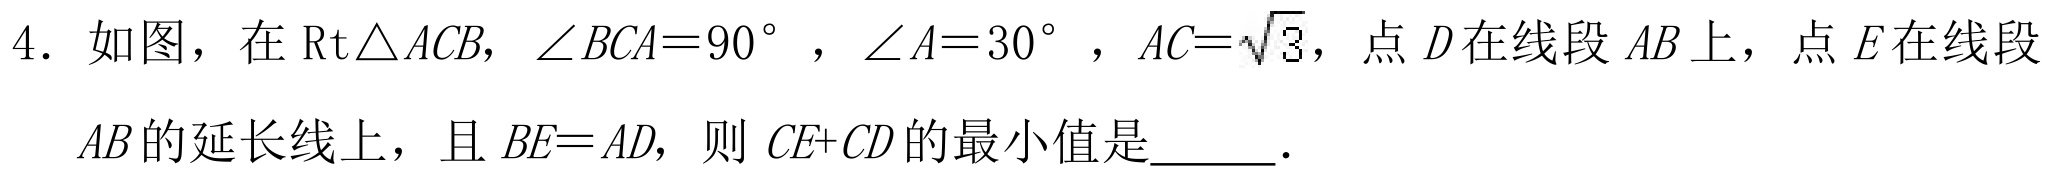
4. 如图，在\(\text{Rt}\triangle ACB\)，\(\angle BCA = 90^{\circ}\)，\(\angle A = 30^{\circ}\)，\(AC=\sqrt{3}\)，点 \(D\) 在线段 \(AB\) 上，点 \(E\) 在线段 \(AB\) 的延长线上，且 \(BE = AD\)，则 \(CE + CD\) 的最小值是  ．